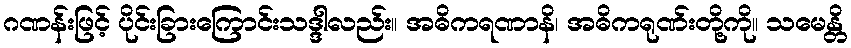
ဂဏန်းဖြင့် ပိုင်းခြားကြောင်းသဒ္ဒါလည်း။ အဓိကရဏာနိ၊ အဓိကရုဏ်းတို့ကို။ သမေန္တိ